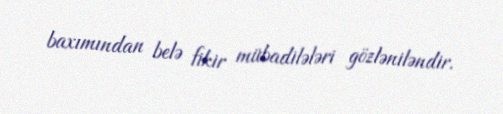
baxımından belə fikir mübadilələri gözləniləndir.